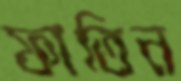
ফাতিন